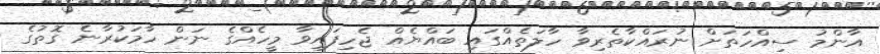
އާންމު ސިއްހަތަށް ނުރައްކާތެރިވާ ހާލަތެއްގައި ބައްޔެއް ޖެހިފައިވާ މީހެއްގެ ނަން ހާމަކުރާނެ ގޮތުގެ